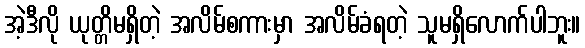
အဲ့ဒီလို ယုတ္တိမရှိတဲ့ အလိမ်စကားမှာ အလိမ်ခံရတဲ့ သူမရှိလောက်ပါဘူး။